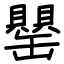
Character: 罌